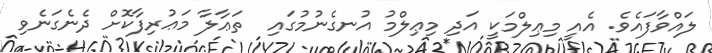
ލައްވާފައެވެ. އެއީ މިޢިލްމަކީ އަދި މިޢިލްމު އުނގެނުމުގައި  ތަޢާލާ މަޢުރިފާކޮށް ދެނެގަނެވި